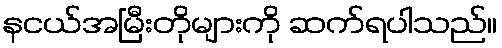
နငယ်အမြီးတိုများကို ဆက်ရပါသည်။